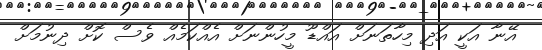
އޭނާ އަކީ އަދި މިހާތަނަށް އައްޑޫ މީހުންނަށް އެއްކަމެއް ވެސް ކޮށް ދިނުމަށް